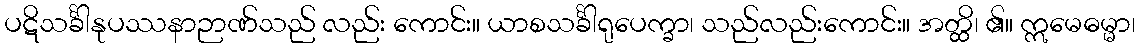
ပဋိသင်္ခါနုပဿနာဉာဏ်သည် လည်း ကောင်း။ ယာစသင်္ခါရုပေက္ခာ၊ သည်လည်းကောင်း။ အတ္ထိ၊ ၏။ ဣမေဓမ္မာ၊